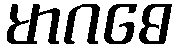
မာဂဓေ